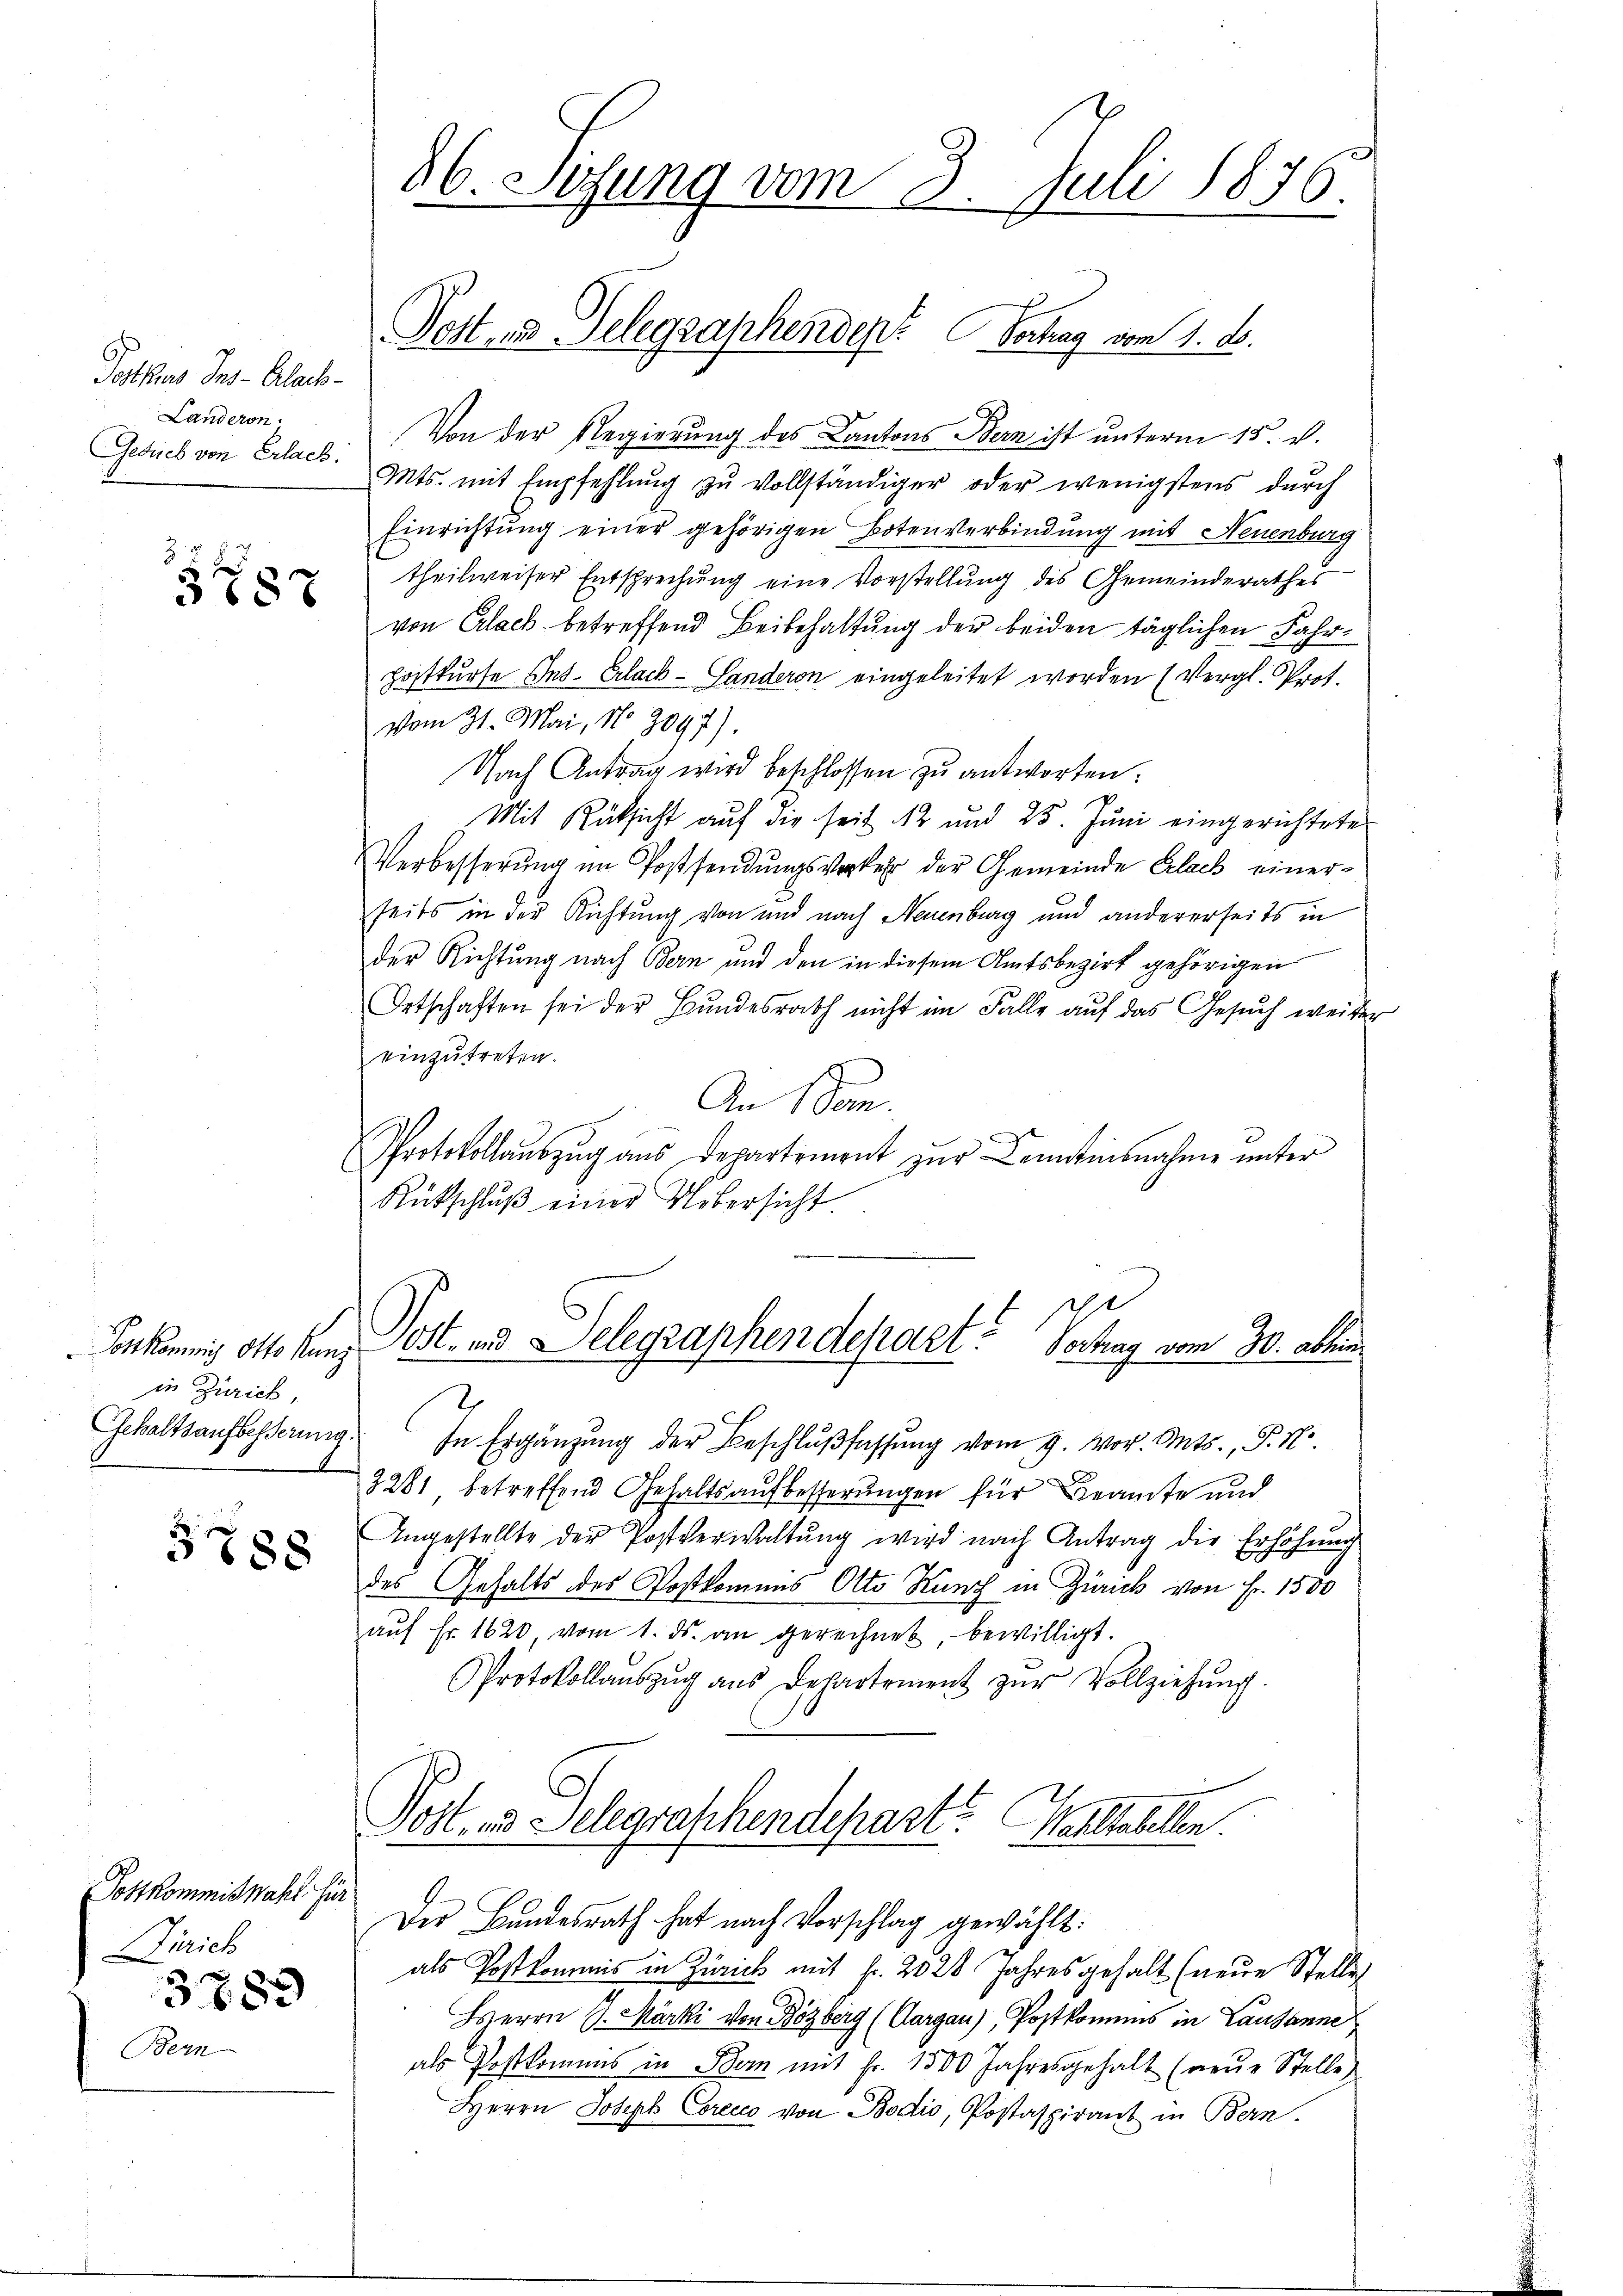
Postkur Ins - Aloch-
Landeren.
Gesuch von Erlach.
Z.

in Zürich

Postkommiswahl für
irich
3753

Bern

3787

5788

Von der Regierung des Kantons Bern ist unterm 15. v.
Mts. mit Empfehlŭng zu vollständiger oder wenigstens durch
Einrichtung einer gehörigen Botenverbindung mit Neuenburg
theilweiser Entsprechung eine Vorstellung des Gemeinderathes
von Erlack betreffend Beibehaltung der beiden täglichen Fahrhostkurse Ins. Erlack-Landeron eingeleitet worden (Vergl. Prot.
vom 31. Mai, No 2097).
Nach Antrag wird beschlossen zu antworten.
P
Mit Rüksicht auf die seit 12 und 25. Juni eingerichtete
Verbesserŭng im Possendŭngsverkehr der Gemeinde Erlach einerseits in der Richtung von und nach Neuenburg und andererseits in
der Richtung nach Bern und den in diesem Amtsbezirk gehörigen
Oetschaften sei der Bŭndesrath nicht im Falle aŭf das Gesŭch weiter
einzutreten.
An Som.
Protokollauszug aus Departement zur Kenntinsnahme unter
Rückschlŭβ einer Uebersicht.

86. Setzung vom 3. Juli 1876.

Dottes Gelegraphenden Vertrag vom 1. A.

190
Vorkommis Otto kanz Post- und Delegraphendepart? Vochag vom 30. abhin

Gehaltsaufbesserung. In Ergänzŭng der Beschlŭβfassŭng vom 9. Mor. Mts., P. N
3281 betreffend Gehaltsaufbesserungen für Beamte und
Angestellte der Postverwaltung wird nach Antrag die Erhöhung
des Gehalts des Postkommis Otto Kunz in Zürich von Fr. 1500
aŭf Fr. 1620, vom 1. ds. an gerechnet, bewilligt.
Protokollaŭszŭg ans Departement zŭr Vollziehŭng.
Post- und Delegraphendepart? Weltabellen.
Der Bundesrath hat nach Vorschlag gewählt:
als Postkommis in Zürich mit Fr. 2028 Jahres gehalt (neue Stelle
Herrn J. Märki von Bözberg (Aargau), Postkomens in Lausanne
als Postkommis in Bern mit Fr. 1500 Jahresgehalt (neŭe Stelle
Herrn Joseph Corecco von Bodio, Postaspirant in Bern.